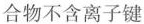
合物不含离子键